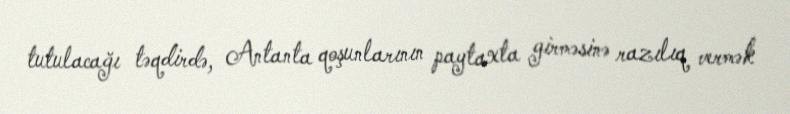
tutulacağı təqdirdə, Antanta qoşunlarının paytaxta girməsinə razılıq vermək